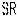
SR